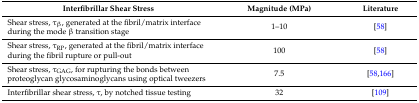
<table><thead><tr><td><b>Interfibrillar Shear Stress</b></td><td><b>Magnitude (MPa)</b></td><td><b>Literature</b></td></tr></thead><tbody><tr><td>Shear stress, τ<sub>β</sub>, generated at the fibril/matrix interface during the mode β transition stage</td><td>1–10</td><td>[58]</td></tr><tr><td>Shear stress, τ<sub>RP</sub>, generated at the fibril/matrix interface during the fibril rupture or pull-out</td><td>100</td><td>[58]</td></tr><tr><td>Shear stress, τ<sub>GAG</sub>, for rupturing the bonds between proteoglycan glycosaminoglycans using optical tweezers</td><td>7.5</td><td>[58,166]</td></tr><tr><td>Interfibrillar shear stress, τ, by notched tissue testing</td><td>32</td><td>[109]</td></tr></tbody></table>